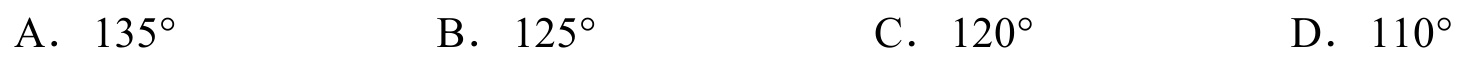
A．\(135^{\circ}\)  B．\(125^{\circ}\)  C．\(120^{\circ}\)  D．\(110^{\circ}\)